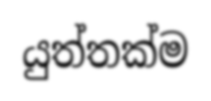
යුත්තක්ම